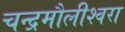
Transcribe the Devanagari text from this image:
चन्‍द्रमौलीश्‍वरा